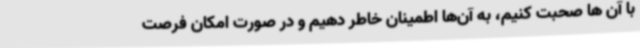
با آن ها صحبت کنیم، به آن‌ها اطمینان خاطر دهیم و در صورت امکان فرصت